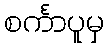
စင်္ကာပူမှ